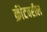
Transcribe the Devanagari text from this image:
क्रीटवरील